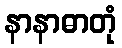
နာနာဓာတုံ